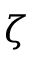
\zeta